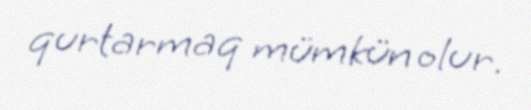
qurtarmaq mümkün olur.